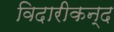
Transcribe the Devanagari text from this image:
विदारीकन्द